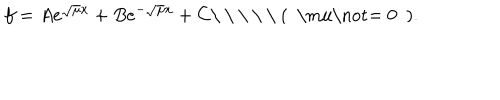
LaTeX: f = A e ^ { \sqrt { \mu } x } + B e ^ { - \sqrt { \mu } x } + C \mathrm { \ ( ~ \ m u \not = ~ 0 ~ ) . }